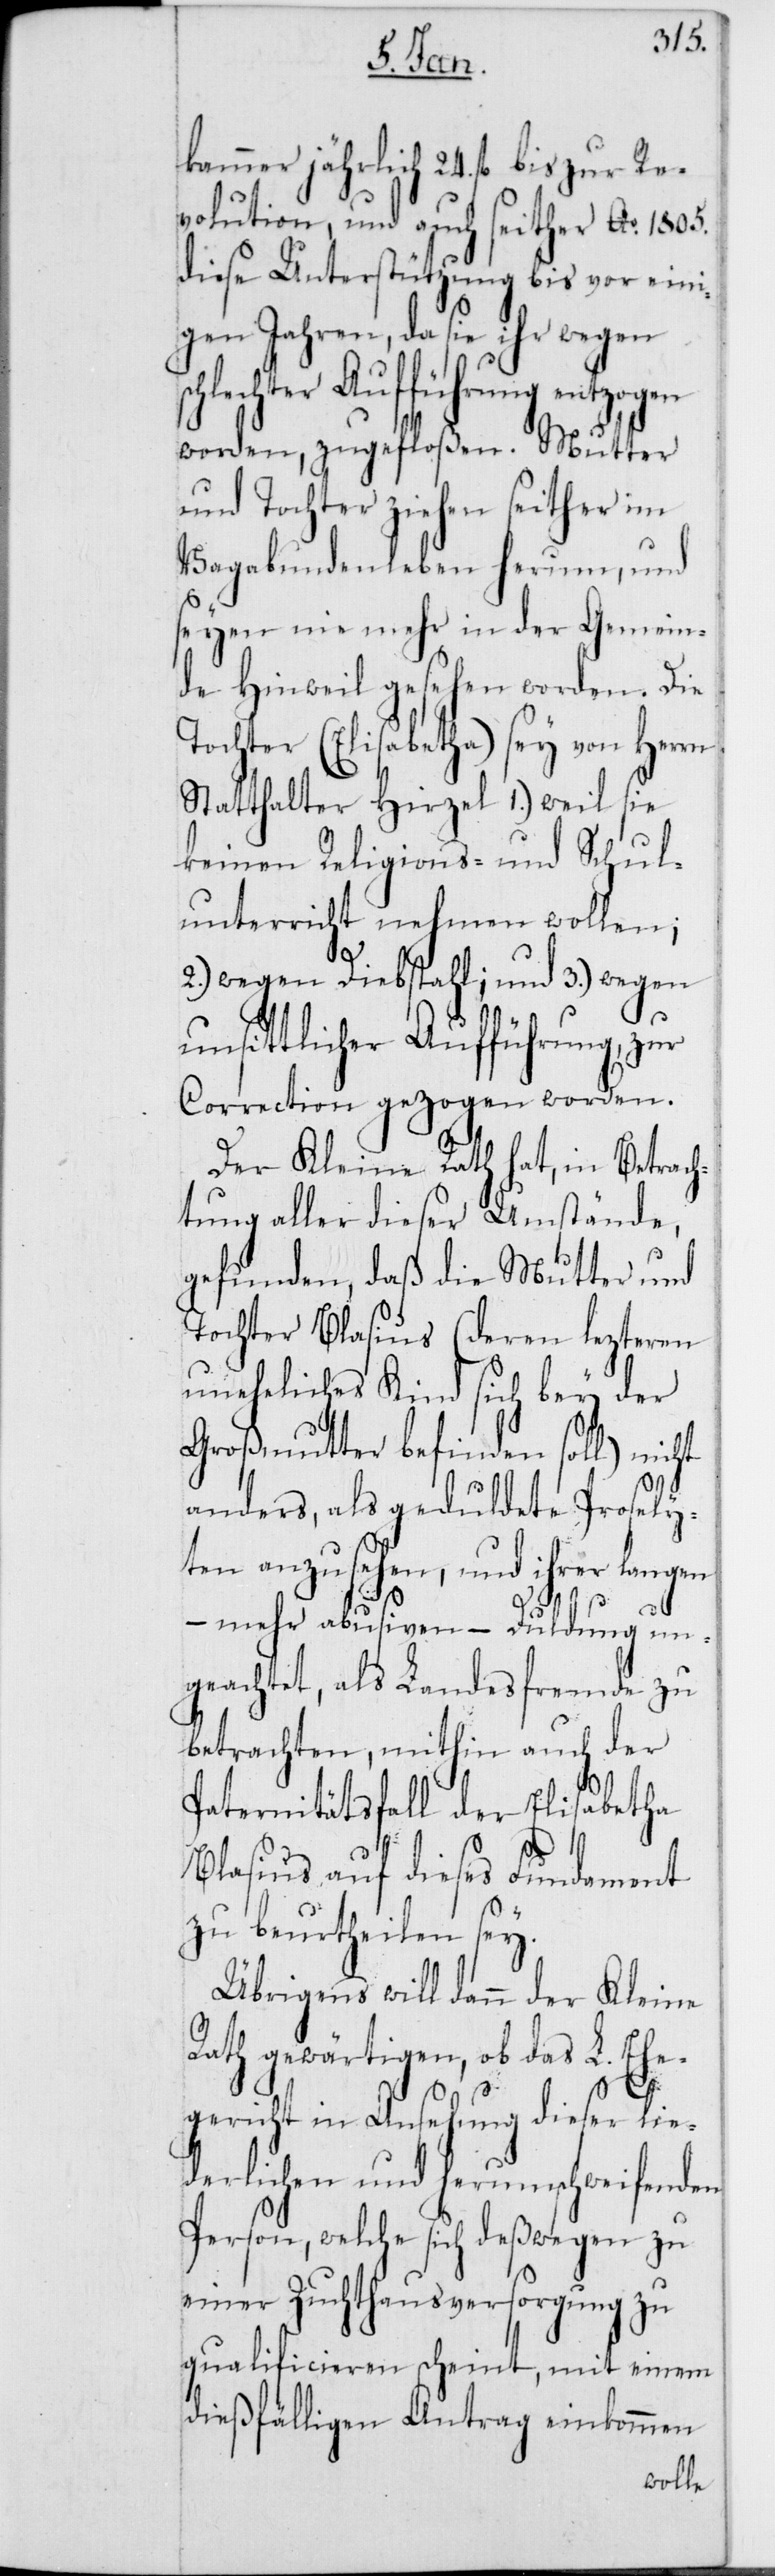
kammer jährlich 24. fl. bis zur Re¬
volution, und auch seither Ao 1805.
dieser Unterstützung bis vor eini¬
gen Jahren, da sie ihr wegen
chlechter Aufführung entzogen
worden, zugefloßen. Mutter
und Tochter ziehen seither im
Vagabundenleben herum, und
seyen nie mehr in der Gemein¬
de Hinweil gesehen worden. Die
Tochter (Elisabetha) sey von Herrn
Statthalter Hirzel 1.) weil sie
keinen Religions- und Schul¬
unterricht nehmen wollen;
s¬
2.) wegen Diebstahl; und 3.) wegen
unsittlicher Aufführung, zur
Correction gezogen worden.
Der Kleine Rath hat, in Betrach¬
tung aller dieser Umstände,
gefunden, daß die Mutter und
Tochter Blasius (deren lezteren
uneheliches Kind sich bey der
Großmutter befinden soll) nicht
anders, als geduldete Prosely¬
ten anzusehen, und ihrer lan¬
gen
– mehr abusiven – Duldung un¬
geachtet, als Landesfremde zu
betrachten, mithin auch der
Paternitätsfall der Elisabetha
Blasius auf dieses Fundament
zu beurtheilen sey.
Übrigens will dann der Kleine
Rath gewärtigen, ob das L. Eh¬
egericht in Ansehung dieser lie¬
derlichen und herumschweifenden
Person, welche sich deßwegen zu
einer Zuchthausversorgung zu
qualificieren scheint, mit einem
dießfälligen Antrag einkommen